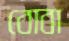
বোবা